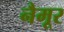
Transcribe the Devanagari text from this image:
नैमूर